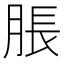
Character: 脹